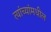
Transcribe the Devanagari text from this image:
त्यांच्यांमधील